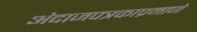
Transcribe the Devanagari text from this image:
अंदाजपत्रकाप्रमाणे